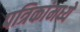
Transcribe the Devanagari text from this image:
पत्रिकांमध्ये